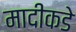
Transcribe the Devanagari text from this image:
मादीकडे